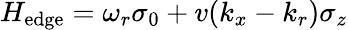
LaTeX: H_{\mathrm{edge}}=\omega_{r}\sigma_{0}+v(k_{x}-k_{r})\sigma_{z}